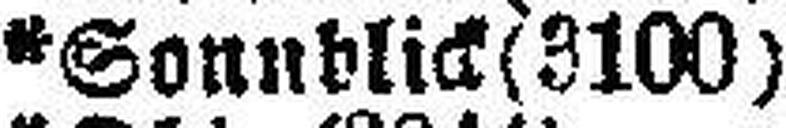
*Sonnblick (3100)